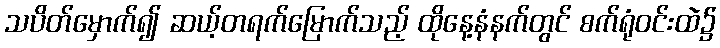
သပိတ်မှောက်၍ ဆယ့်တရက်မြောက်သည့် ထိုနေ့နံနက်တွင် စက်ရုံဝင်းထဲ၌